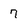
Character: 7